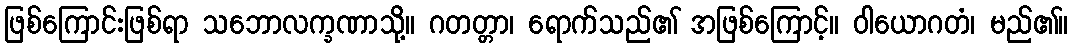
ဖြစ်ကြောင်းဖြစ်ရာ သဘောလက္ခဏာသို့။ ဂတတ္တာ၊ ရောက်သည်၏ အဖြစ်ကြောင့်။ ဝါယောဂတံ၊ မည်၏။